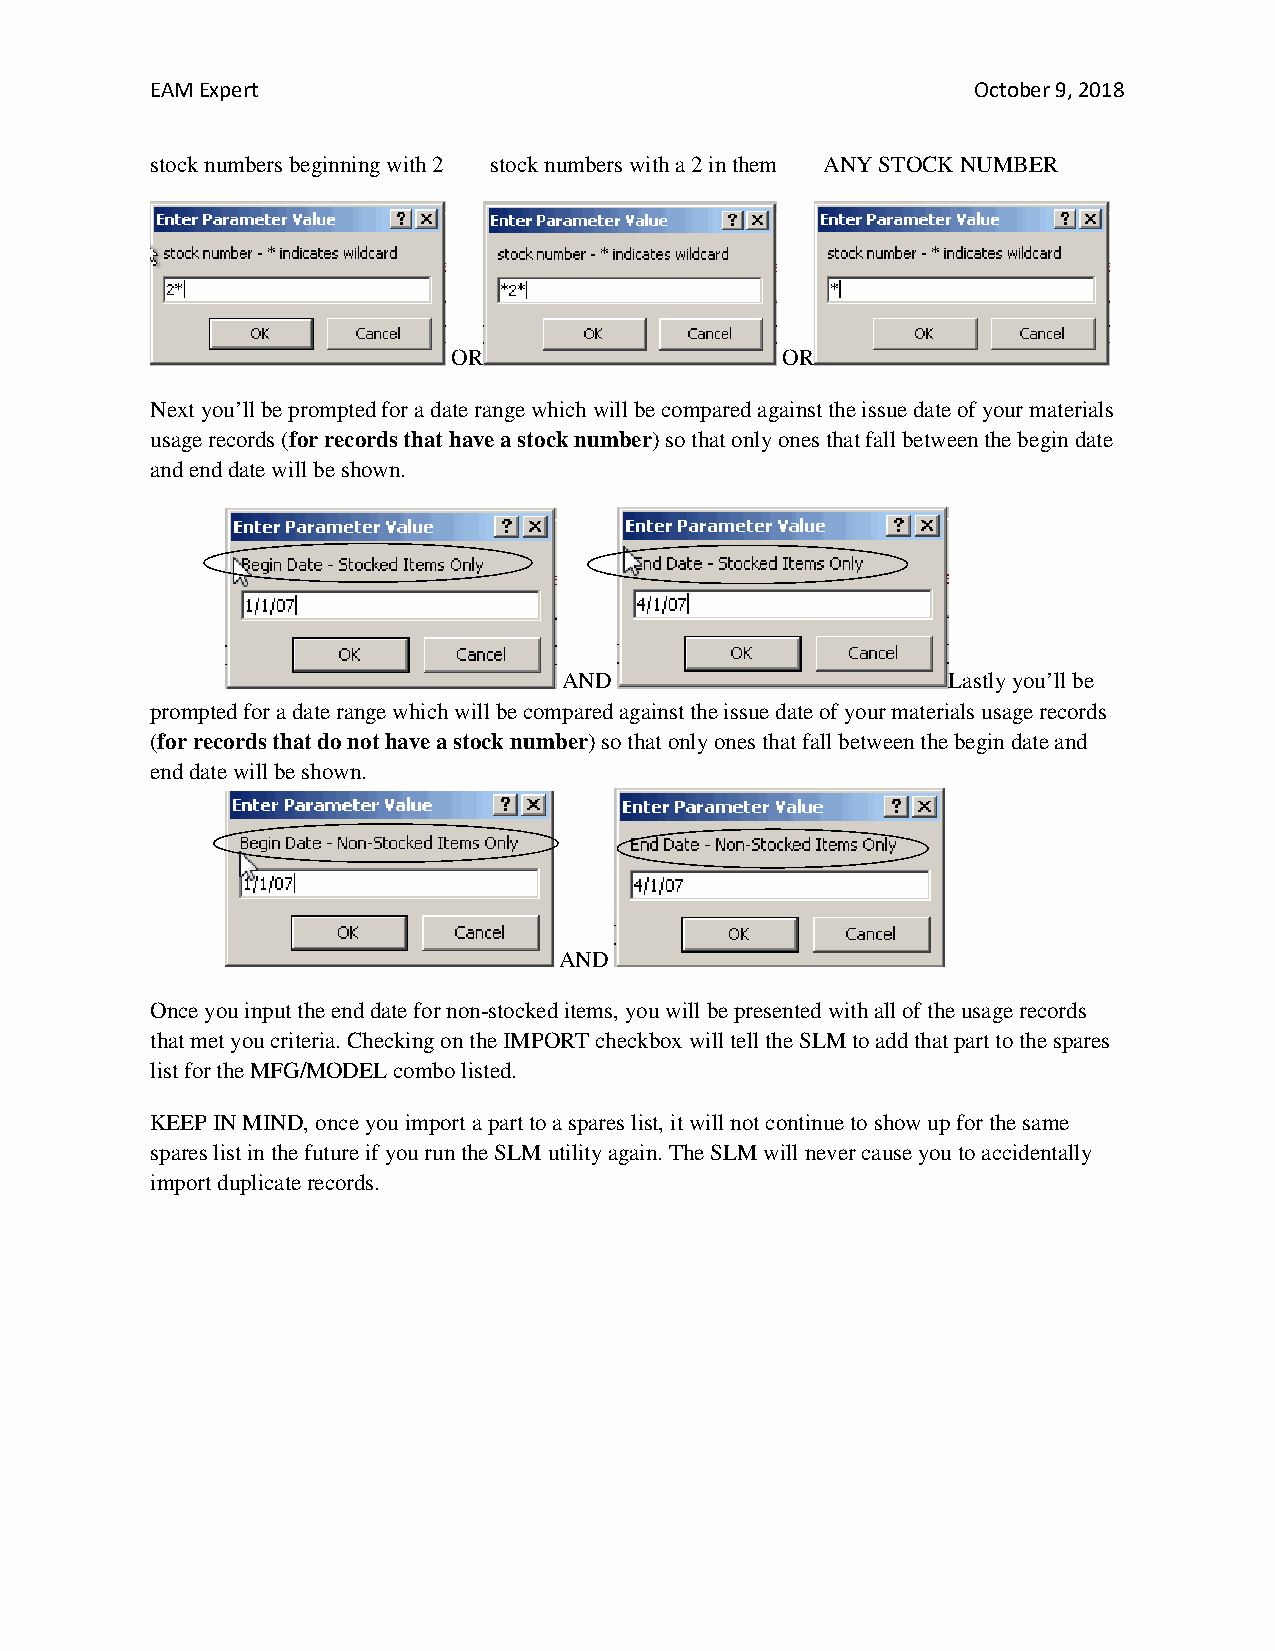
EAM Expert                                             October 9, 2018
 stock numbers beginning with 2 stock numbers with a 2 in them ANY STOCK NUMBER
 OR                    OR
 Next you’ll be prompted for a date range which will be compared against the issue date of your materials
 usage records (for records that have a stock number) so that only ones that fall between the begin date
 and end date will be shown.
 AND                       Lastly you’ll be
 prompted for a date range which will be compared against the issue date of your materials usage records
 (for records that do not have a stock number) so that only ones that fall between the begin date and
 end date will be shown.
 AND
 Once you input the end date for non-stocked items, you will be presented with all of the usage records
 that met you criteria. Checking on the IMPORT checkbox will tell the SLM to add that part to the spares
 list for the MFG/MODEL combo listed.
 KEEP IN MIND, once you import a part to a spares list, it will not continue to show up for the same
 spares list in the future if you run the SLM utility again. The SLM will never cause you to accidentally
 import duplicate records.